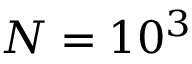
N = 1 0 ^ { 3 }